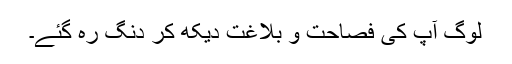
لوگ آپ کی فصاحت و بلاغت دیکھ کر دنگ رہ گئے۔